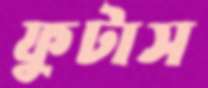
ফুটাস